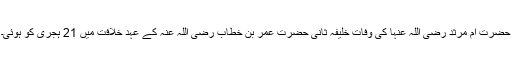
حضرت ام مرثد رضی اللہ عنہا کی وفات خلیفہ ثانی حضرت عمر بن خطاب رضی اللہ عنہ کے عہد خلافت میں 21 ہجری کو ہوئی۔